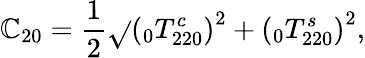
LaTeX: \mathbb{C}_{20}=\frac{{1}}{{2}}\sqrt{}{{\left(\phantom{}_{0}T_{220}^{c}\right)^{2}+\left(\phantom{}_{0}T_{220}^{s}\right)^{2}}},